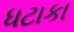
ધટાકા